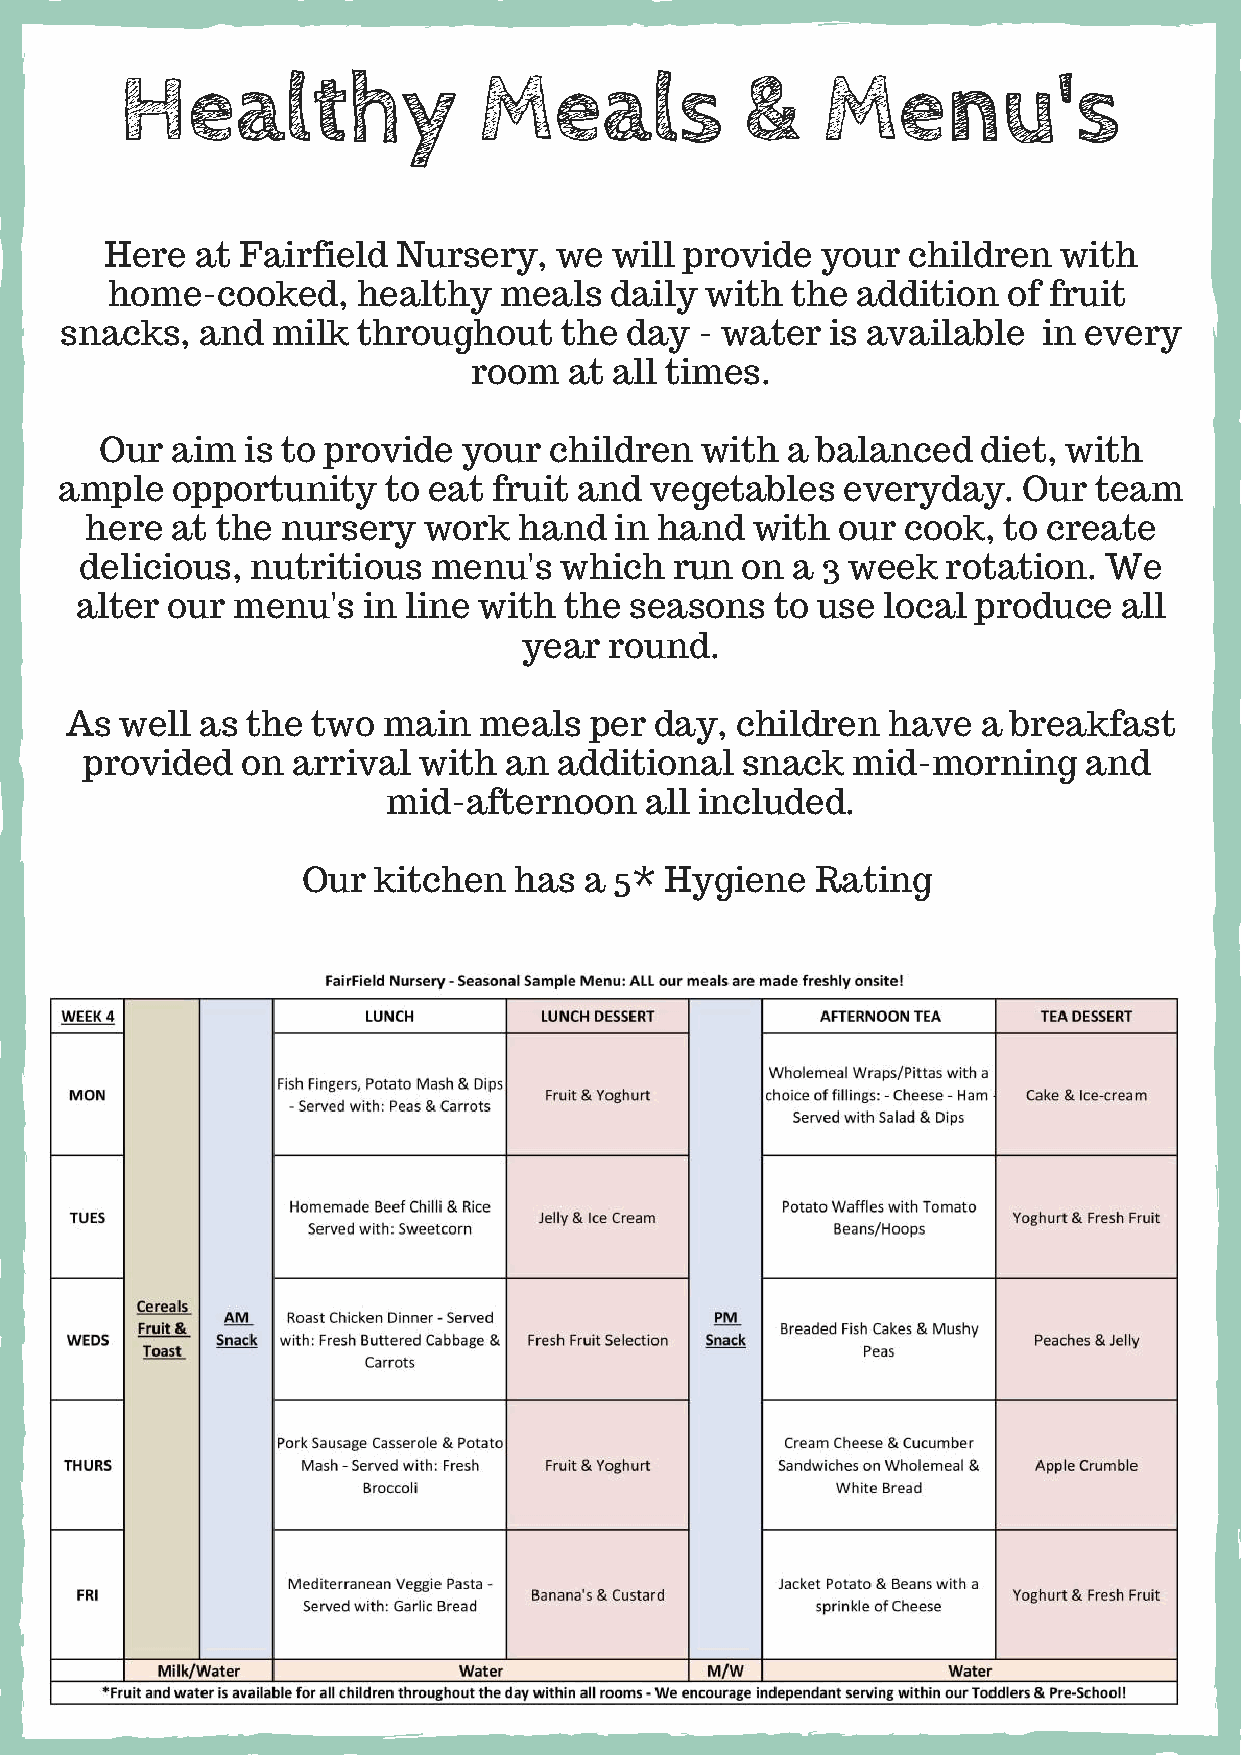
Healthy                 Meals            &    Menu's
 Here  at Fairfield Nursery,   we will provide  your  children  with
 home-cooked,     healthy  meals  daily  with the  addition  of fruit
 snacks,  and  milk  throughout   the day  - water  is available  in every
 room   at all times.
 Our aim  is to provide  your children  with  a balanced   diet, with
 ample  opportunity   to eat  fruit and vegetables   everyday.   Our team
 here at the  nursery  work  hand   in hand  with our  cook, to create
 delicious,  nutritious  menu's  which   run on a 3 week   rotation. We
 alter our menu's   in line with the  seasons  to use local  produce  all
 year round.
 As  well as the  two main   meals  per day,  children  have  a breakfast
 provided   on arrival  with an  additional  snack  mid-morning     and
 mid-afternoon    all included.
 Our  kitchen  has  a 5* Hygiene   Rating